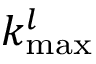
k _ { \mathrm { m a x } } ^ { l }